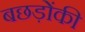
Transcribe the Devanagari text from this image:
बछड़ोंकी